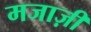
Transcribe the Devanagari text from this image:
मजाज़ी